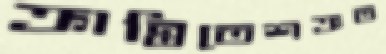
ক্রান্তিতেশত্রুত